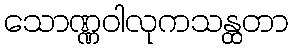
သောဏ္ဏဝါလုကသန္ထတာ